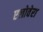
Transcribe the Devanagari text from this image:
एलोवेरा